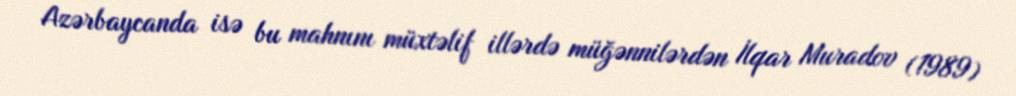
Azərbaycanda isə bu mahnını müxtəlif illərdə müğənnilərdən İlqar Muradov (1989)